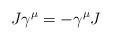
LaTeX: \begin{align*} J\gamma^\mu = - \gamma^\mu J\end{align*}